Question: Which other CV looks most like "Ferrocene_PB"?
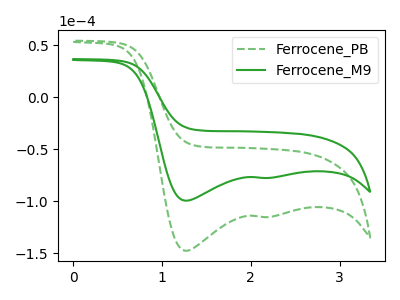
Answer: <think>The green dashed curve "Ferrocene_PB" has cathodic peaks at (1.25V, -147.65uA) (2.20V, -115.20uA). The green curve "Ferrocene_M9" has cathodic peaks at (1.25V, -99.50uA) (2.20V, -77.60uA).
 All the peaks in "Ferrocene_PB" have a peak in "Ferrocene_M9" at the same potential. Every peak in "Ferrocene_PB" is higher than every peak in "Ferrocene_M9".</think>
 <answer>The CV with the most similar shape to "Ferrocene_M9" is "Ferrocene_PB".</answer>
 <eval>"Ferrocene_PB"</eval>